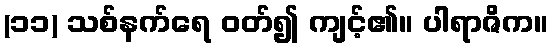
(၁၁) သစ်နက်ရေ ဝတ်၍ ကျင့်၏။ ပါရာဇိက။